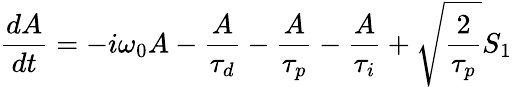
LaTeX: \frac{dA}{dt}=-i\omega_{0}A-\frac{A}{\tau_{d}}-\frac{A}{\tau_{p}}-\frac{A}{\tau_{i}}+\sqrt{\frac{2}{\tau_{p}}}S_{1}